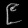
Digit: ၉